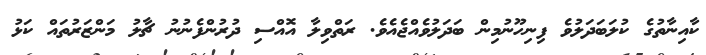
ކާއިނާތުގެ ކުލަބަދަލުވެ ފިނިހޫނުމިން ބަދަލުވެއްޖެއެވެ. ރަތްވިލާ އޮއްސި ދުރުންފެނުނު ޗާލު މަންޒަރުތައް ކަޅު